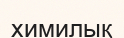
химилық